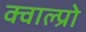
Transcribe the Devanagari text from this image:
क्वाल्प्रो